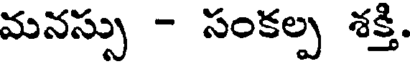
మనస్సు - సంకల్ప శక్తి.